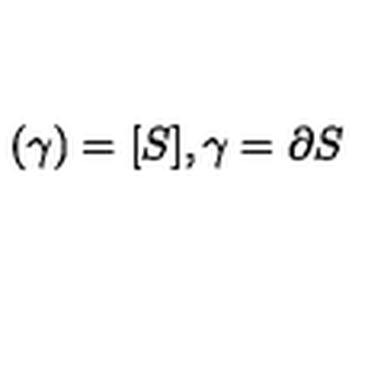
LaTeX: ( \gamma ) = [ S ] , \gamma = \partial S